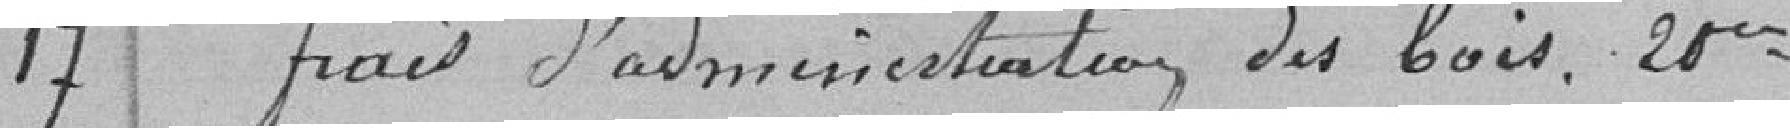
17 Frais d'administration des bois